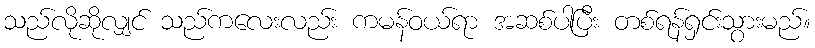
သည်လိုဆိုလျှင် သည်ကလေးလည်း ကမန်ဝယ်ရာ အဆစ်ပါပြီး တစ်ရန်ရှင်းသွားမည်။